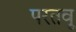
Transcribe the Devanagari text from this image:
परतवू